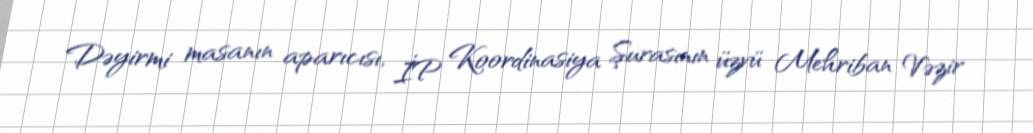
Dəyirmi masanın aparıcısı, İP Koordinasiya Şurasının üzvü Mehriban Vəzir